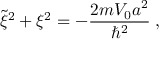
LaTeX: \tilde { \xi } ^ { 2 } + \xi ^ { 2 } = - \frac { 2 m V _ { 0 } a ^ { 2 } } { \hbar ^ { 2 } } \; ,